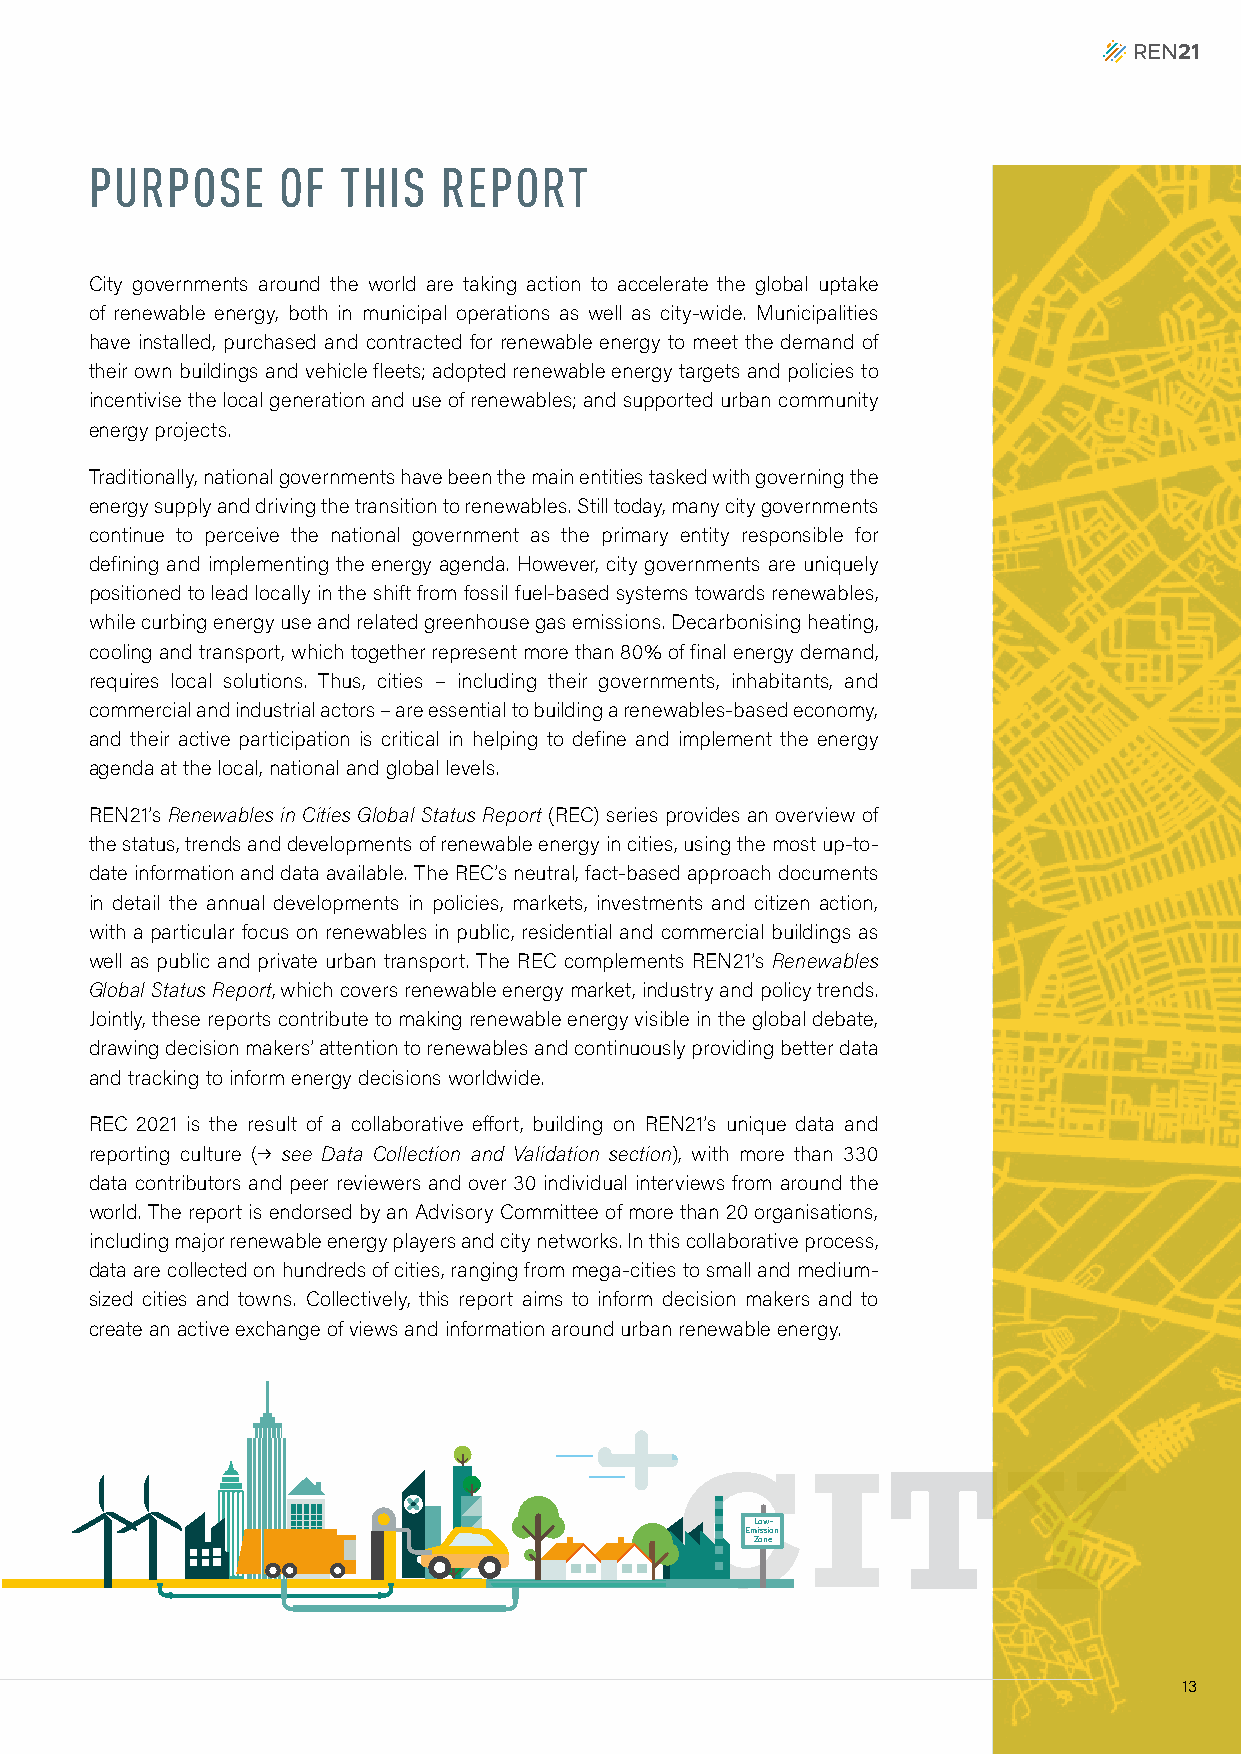
PURPOSE     OF   THIS  REPORT
 City governments around the world are taking action to accelerate the global uptake
 of renewable energy, both in municipal operations as well as city-wide. Municipalities
 have installed, purchased and contracted for renewable energy to meet the demand of
 their own buildings and vehicle fleets; adopted renewable energy targets and policies to
 incentivise the local generation and use of renewables; and supported urban community
 energy projects.
 Traditionally, national governments have been the main entities tasked with governing the
 energy supply and driving the transition to renewables. Still today, many city governments
 continue to perceive the national government as the primary entity responsible for
 defining and implementing the energy agenda. However, city governments are uniquely
 positioned to lead locally in the shift from fossil fuel-based systems towards renewables,
 while curbing energy use and related greenhouse gas emissions. Decarbonising heating,
 cooling and transport, which together represent more than 80% of final energy demand,
 requires local solutions. Thus, cities – including their governments, inhabitants, and
 commercial and industrial actors – are essential to building a renewables-based economy,
 and their active participation is critical in helping to define and implement the energy
 agenda at the local, national and global levels.
 REN21’s Renewables in Cities Global Status Report (REC) series provides an overview of
 the status, trends and developments of renewable energy in cities, using the most up-to-
 date information and data available. The REC’s neutral, fact-based approach documents
 in detail the annual developments in policies, markets, investments and citizen action,
 with a particular focus on renewables in public, residential and commercial buildings as
 well as public and private urban transport. The REC complements REN21’s Renewables
 Global Status Report, which covers renewable energy market, industry and policy trends.
 Jointly, these reports contribute to making renewable energy visible in the global debate,
 drawing decision makers’ attention to renewables and continuously providing better data
 and tracking to inform energy decisions worldwide.
 REC 2021 is the result of a collaborative effort, building on REN21’s unique data and
 reporting culture (p see Data Collection and Validation section), with more than 330
 data contributors and peer reviewers and over 30 individual interviews from around the
 world. The report is endorsed by an Advisory Committee of more than 20 organisations,
 including major renewable energy players and city networks. In this collaborative process,
 data are collected on hundreds of cities, ranging from mega-cities to small and medium-
 sized cities and towns. Collectively, this report aims to inform decision makers and to
 create an active exchange of views and information around urban renewable energy.
 Low-
 Emission
 Zone
 13